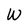
Character: W